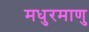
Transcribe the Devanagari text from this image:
मधुरमाणु